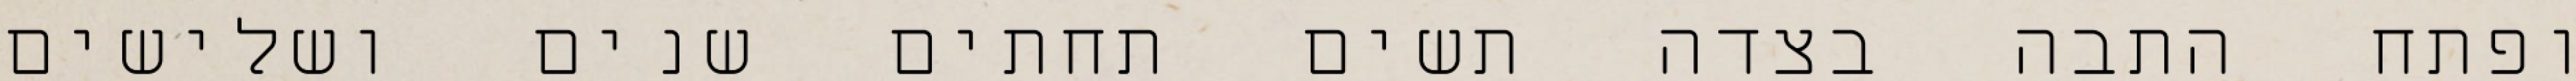
ופתח התבה בצדה תשים תחתים שנים ושלישים